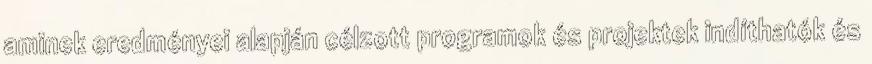
aminek eredményei alapján célzott programok és projektek indíthatók és